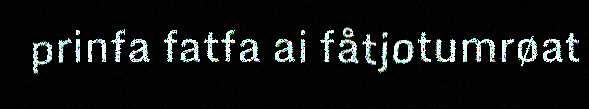
prinfa fatfa ai fåtjotumrøat